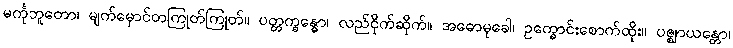
မင်္ကုဘူတော၊ မျက်မှောင်တကြုတ်ကြုတ်။ ပတ္တက္ခန္ဓော၊ လည်ငိုက်ဆိုက်။ အဓောမုခေါ၊ ဥက္ခောင်းစောက်ထိုး။ ပဇ္ဈာယန္တော၊